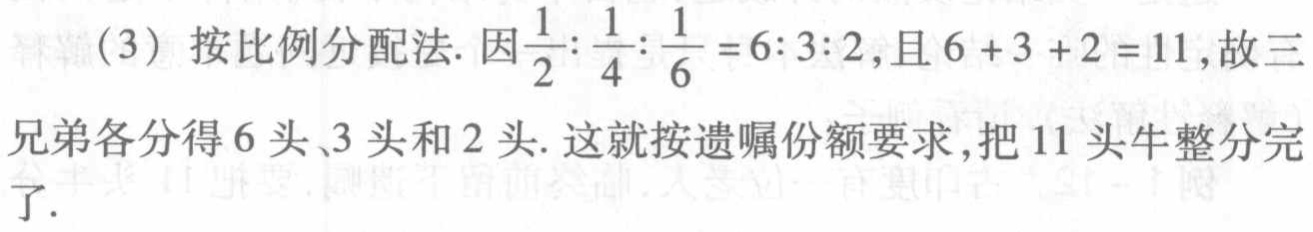
(3) 按比例分配法. 因$\frac{1}{2}:\frac{1}{4}:\frac{1}{6}=6:3:2$,且$6 + 3 + 2 = 11$,故三兄弟各分得$6$头、$3$头和$2$头. 这就按遗嘱份额要求,把$11$头牛整分完了.